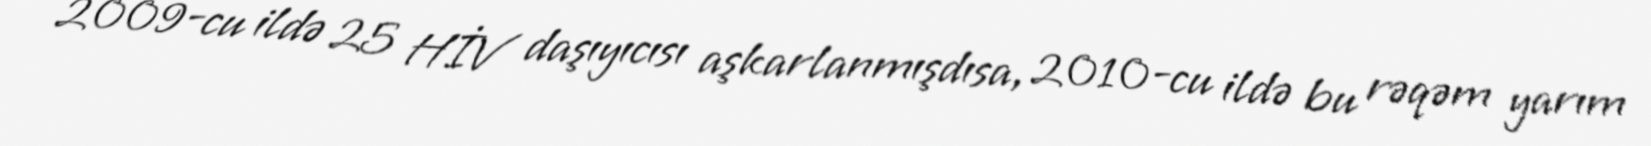
2009-cu ildə 25 HİV daşıyıcısı aşkarlanmışdısa, 2010-cu ildə bu rəqəm yarım